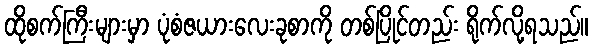
ထိုစက်ကြီးများမှာ ပုံစံဇယားလေးခုစာကို တစ်ပြိုင်တည်း ရိုက်လို့ရသည်။